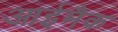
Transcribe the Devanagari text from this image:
आईमैक